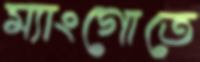
ম্যাংগোতে